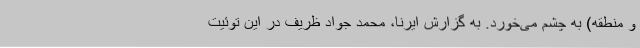
و منطقه) به چشم می‌خورد. به گزارش ایرنا، محمد جواد ظریف در این توئیت